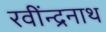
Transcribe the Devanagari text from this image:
रवींन्द्रनाथ